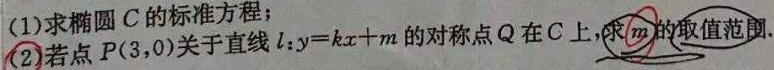
(1)求椭圆$C$的标准方程；
(2)若点$P(3,0)$关于直线$l:y = kx + m$的对称点$Q$在$C$上，求$m$的取值范围.